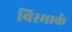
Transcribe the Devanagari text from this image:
विस्मार्क